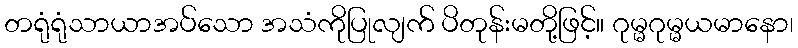
တရုံရုံသာယာအပ်သော အသံကိုပြုလျက် ပိတုန်းမတို့ဖြင့်။ ဂုမ္မဂုမ္မယမာနော၊